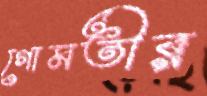
গোমতীর